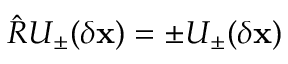
\hat { R } U _ { \pm } ( \delta \mathbf { x } ) = \pm U _ { \pm } ( \delta \mathbf { x } )